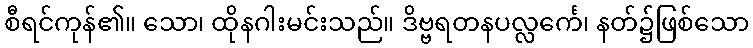
စီရင်ကုန်၏။ သော၊ ထိုနဂါးမင်းသည်။ ဒိဗ္ဗရတနပလ္လင်္ကေ၊ နတ်၌ဖြစ်သော